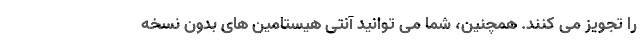
را تجویز می کنند. همچنین، شما می توانید آنتی هیستامین های بدون نسخه